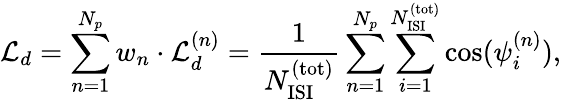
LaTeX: {\cal L}_{d}=\sum_{n=1}^{N_{p}}w_{n}\cdot{\cal L}_{d}^{(n)}={\frac{1}{N_{\mathrm{ISI}}^{\mathrm{(tot)}}}}\sum_{n=1}^{N_{p}}\sum_{i=1}^{N_{\mathrm{ISI}}^{\mathrm{(tot)}}}\cos(\psi_{i}^{(n)}),